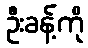
ဦးခန့်ကို